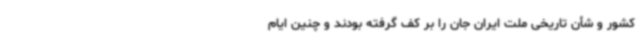
کشور و شأن تاریخی ملت ایران جان را بر کف گرفته بودند و چنین ایام